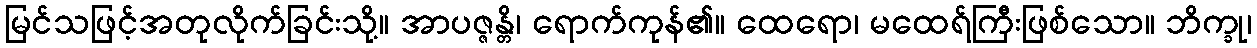
မြင်သဖြင့်အတုလိုက်ခြင်းသို့။ အာပဇ္ဇန္တိ၊ ရောက်ကုန်၏။ ထေရော၊ မထေရ်ကြီးဖြစ်သော။ ဘိက္ခု၊